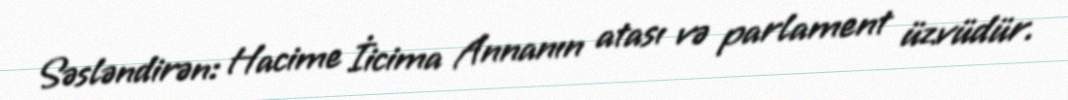
Səsləndirən: Hacime İicima Annanın atası və parlament üzvüdür.